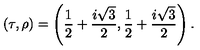
( \tau , \rho ) = \left( \frac { 1 } { 2 } + \frac { i \sqrt { 3 } } { 2 } , \frac { 1 } { 2 } + \frac { i \sqrt { 3 } } { 2 } \right) .